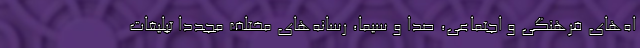
اه‌های فرهنگی و اجتماعی، صدا و سیما، رسانه‌های مختلف مجددا تبلیغات